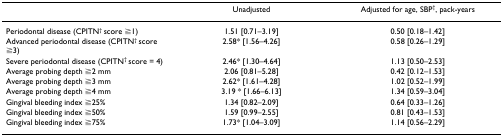
<table><thead><tr><td></td><td><b>Unadjusted</b></td><td><b>Adjusted for age, SBP<sup>†</sup>, pack-years</b></td></tr></thead><tbody><tr><td>Periodontal disease (CPITN<sup>† </sup>score ≧1)</td><td>1.51 [0.71–3.19]</td><td>0.50 [0.18–1.42]</td></tr><tr><td>Advanced periodontal disease (CPITN<sup>† </sup>score ≧3)</td><td>2.58* [1.56–4.26]</td><td>0.58 [0.26–1.29]</td></tr><tr><td>Severe periodontal disease (CPITN<sup>† </sup>score = 4)</td><td>2.46* [1.30–4.64]</td><td>1.13 [0.50–2.53]</td></tr><tr><td>Average probing depth ≧2 mm</td><td>2.06 [0.81–5.28]</td><td>0.42 [0.12–1.53]</td></tr><tr><td>Average probing depth ≧3 mm</td><td>2.62* [1.61–4.28]</td><td>1.02 [0.52–1.99]</td></tr><tr><td>Average probing depth ≧4 mm</td><td>3.19 * [1.66–6.13]</td><td>1.34 [0.59–3.04]</td></tr><tr><td>Gingival bleeding index ≧25%</td><td>1.34 [0.82–2.09]</td><td>0.64 [0.33–1.26]</td></tr><tr><td>Gingival bleeding index ≧50%</td><td>1.59 [0.99–2.55]</td><td>0.81 [0.43–1.53]</td></tr><tr><td>Gingival bleeding index ≧75%</td><td>1.73* [1.04–3.09]</td><td>1.14 [0.56–2.29]</td></tr></tbody></table>